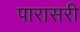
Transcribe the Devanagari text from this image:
पारासरी